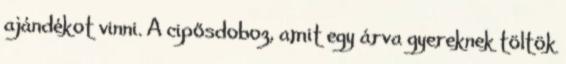
ajándékot vinni. A cipősdoboz, amit egy árva gyereknek töltök